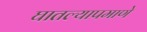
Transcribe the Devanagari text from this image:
घातल्यापमाणे